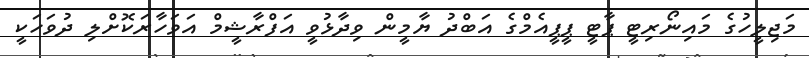
މަޖިލީހުގެ މައިނޯރިޓީ ޕާޓީ ޕީޕީއެމްގެ އަބްދު ޔާމީން ވިދާޅުވީ އަފްރާޝީމް އަވަހާރަކޮށްލި ދުވަހަކީ